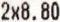
2X8.80